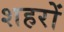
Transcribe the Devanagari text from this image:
शहरों